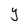
Character: Y